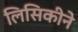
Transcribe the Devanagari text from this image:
लिसिकीने